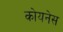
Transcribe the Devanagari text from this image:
कोयनेस